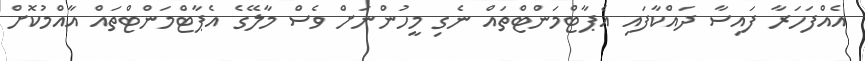
އެއްފަހަރާ ފައިސާ ދައްކާފައި އެޕާޓްމަންޓްތައް ނެގި މީހުންނަށް ވެސް މާލޭގެ އެޕާޓްމަންޓްތައް އާއްމުކޮށް